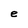
Character: e